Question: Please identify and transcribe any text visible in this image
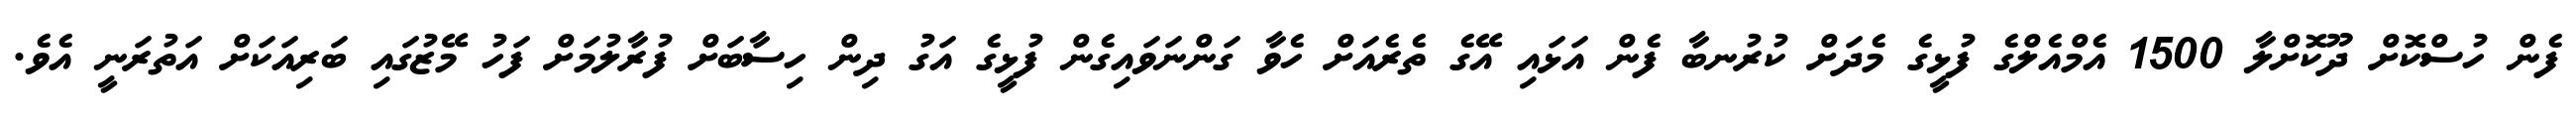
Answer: ފެން ހުސްކޮށް ދޫކޮށްލާ 1500 އެމްއެލްގެ ފުޅީގެ މެދަށް ކުރުނބާ ފެން އަޅައި އޭގެ ތެރެއަށް ހެވާ ގަންނަވައިގެން ފުޅީގެ އަގު ދިން ހިސާބަށް ފުރާލުމަށް ފަހު މޭޒުގައި ބަރިއަކަށް އަތުރަނީ އެވެ.